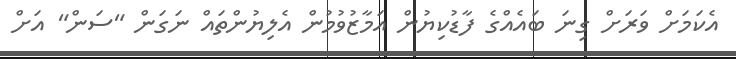
އެކަމަށް ވަރަށް ގިނަ ބައެއްގެ ފާޑުކިޔުން އަމާޒުވުމުން އެލިޔުންތައް ނަގަން "ސަން" އަށް